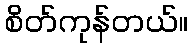
စိတ်ကုန်တယ်။